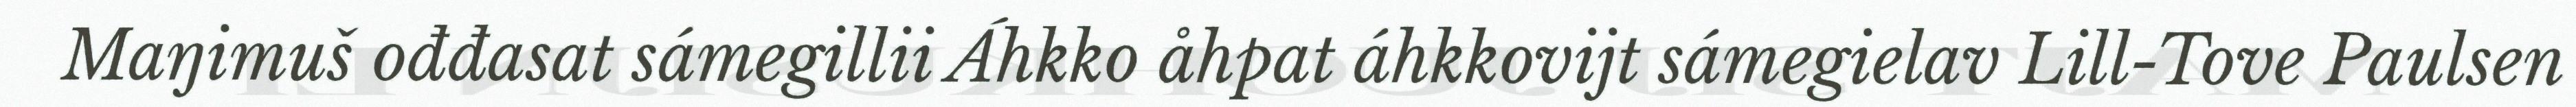
Maŋimuš ođđasat sámegillii Áhkko åhpat áhkkovijt sámegielav Lill-Tove Paulsen